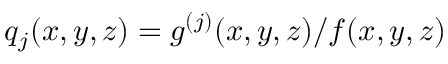
q _ { j } ( x , y , z ) = g ^ { ( j ) } ( x , y , z ) / f ( x , y , z )